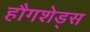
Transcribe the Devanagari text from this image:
हौगशेड्स